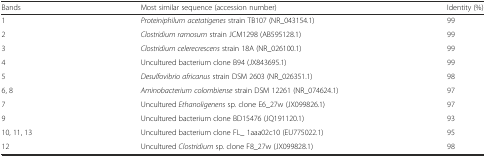
| Bands | Most similar sequence (accession number) | Identity (%) |
 | --- | --- | --- |
 | 1 | Proteiniphilum acetatigenes strain TB107 (NR_043154.1) | 99 |
 | 2 | Clostridium ramosum strain JCM1298 (AB595128.1) | 99 |
 | 3 | Clostridium celerecrescens strain 18A (NR_026100.1) | 99 |
 | 4 | Uncultured bacterium clone B94 (JX843695.1) | 99 |
 | 5 | Desulfovibrio africanus strain DSM 2603 (NR_026351.1) | 98 |
 | 6, 8 | Aminobacterium colombiense strain DSM 12261 (NR_074624.1) | 97 |
 | 7 | Uncultured Ethanoligenens sp. clone E6_27w (JX099826.1) | 97 |
 | 9 | Uncultured bacterium clone BD15476 (JQ191120.1) | 93 |
 | 10, 11, 13 | Uncultured bacterium clone FL_ 1aaa02c10 (EU775022.1) | 95 |
 | 12 | Uncultured Clostridium sp. clone F8_27w (JX099828.1) | 98 |